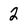
Character: 2